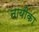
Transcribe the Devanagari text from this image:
नायीका